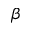
\beta